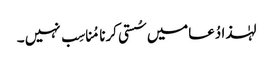
لہٰذا دُعامیں سُستی کرنا مُناسِب نہیں ۔